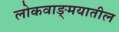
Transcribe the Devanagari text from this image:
लोकवाङ्‍मयातील